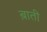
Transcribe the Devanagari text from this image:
ब़ाती